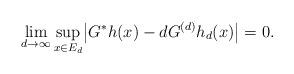
LaTeX: \begin{align*}\lim_{d\to\infty} \sup_{x \in E_d} \bigl|G^*h(x) - dG^{(d)}h_d(x)\bigr| = 0.\end{align*}